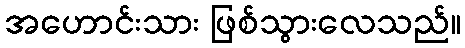
အဟောင်းသား ဖြစ်သွားလေသည်။